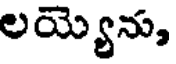
లయ్యెను,